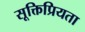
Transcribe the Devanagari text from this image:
सूक्तिप्रियता